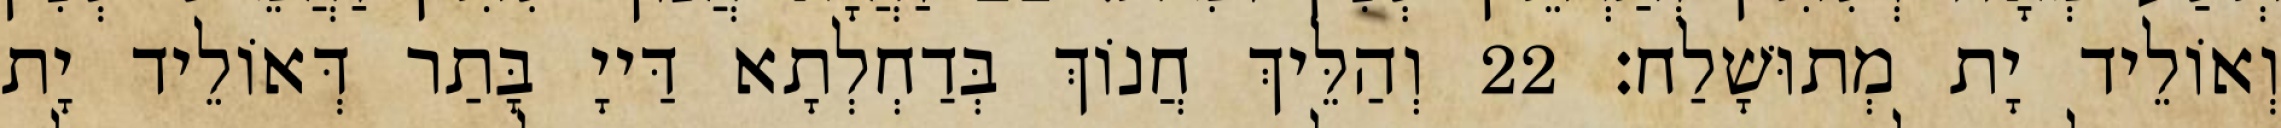
וְאוֹלֵיד יָת מְתוּשָׁלַח׃ 22 וְהַלֵּיךְ חֲנוֹךְ בְּדַחְלְתָא דַּייָ בָּתַר דְּאוֹלֵיד יָת